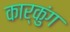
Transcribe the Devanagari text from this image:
कार्कुंग